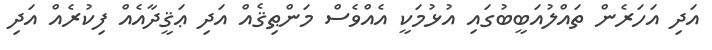
އަދި އަހަރެން ތައްލުއަބީބުގައި އުޅުމަކީ އެއްވެސް މަންޠިޤެއް އަދި ޢަޤީދާއެއް ފިކުރެއް އަދި